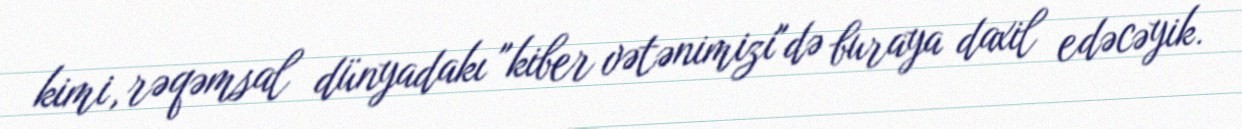
kimi, rəqəmsal dünyadakı "kiber vətənimizi"də buraya daxil edəcəyik.